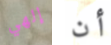
إلهي أن